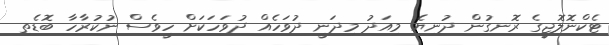
ޓެކްނޮލޮޖީގެ ރޮނގުން ދުނިޔެ މިއަދު މިދަނީ ދުވަހެއް ދުވަހަކަށް ހީވެސް ނުކުރާހާ ބޮޑެތި